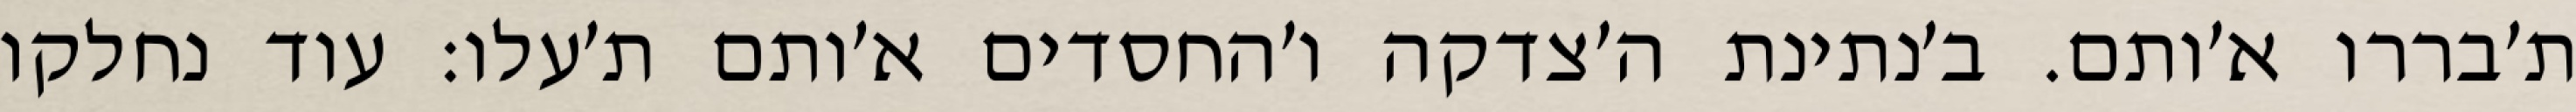
ת׳בררו א׳ותם. ב׳נתינת ה׳צדקה ו׳החסדים א׳ותם ת׳עלו: עוד נחלקו